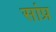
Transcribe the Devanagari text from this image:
सांप्र